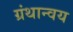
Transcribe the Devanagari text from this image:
ग्रंथान्वय